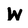
Character: W